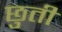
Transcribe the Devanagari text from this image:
छुती